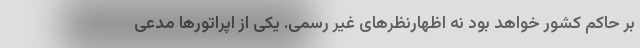
بر حاکم کشور خواهد بود نه اظهارنظرهای غیر رسمی. یکی از اپراتورها مدعی